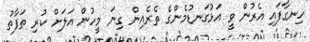
ހިނގާފައި އެރުން ވީ އަޅުގަނޑުމެންގެ ތެރެއިން ގިނަ މީހުން އަލަށް ކުރި ތަފާތު